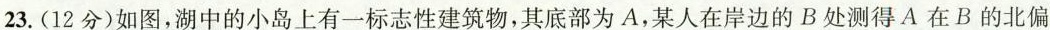
23.(12分)如图，湖中的小岛上有一标志性建筑物，其底部为A，某人在岸边的B处测得A在B的北偏